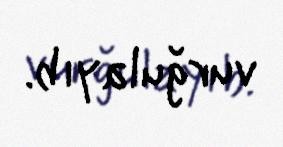
vurğulayıb.